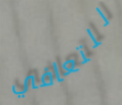
للتعافي